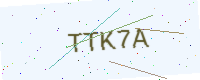
Text: TTK7A